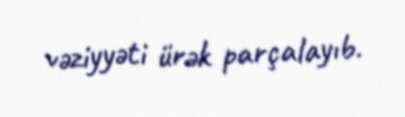
vəziyyəti ürək parçalayıb.